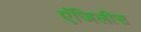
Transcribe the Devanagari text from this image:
एंजिलीस